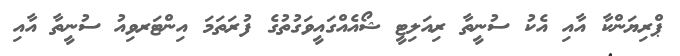
ޕްރިޔަންކާ އާއި އެކު ސުނީތާ ރިއަލިޓީ ޝޯއެއްގައީވަގުތުގެ ފުރަތަމަ އިންޓަރވިއު ސުނީތާ އާއި